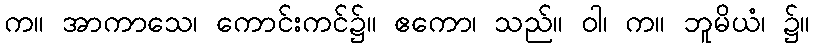
က။ အာကာသေ၊ ကောင်းကင်၌။ ဧကော၊ သည်။ ဝါ၊ က။ ဘူမိယံ၊ ၌။